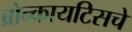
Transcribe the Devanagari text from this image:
ब्रोन्कायटिसचे